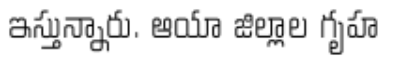
ఇస్తున్నారు. ఆయా జిల్లాల గృహ